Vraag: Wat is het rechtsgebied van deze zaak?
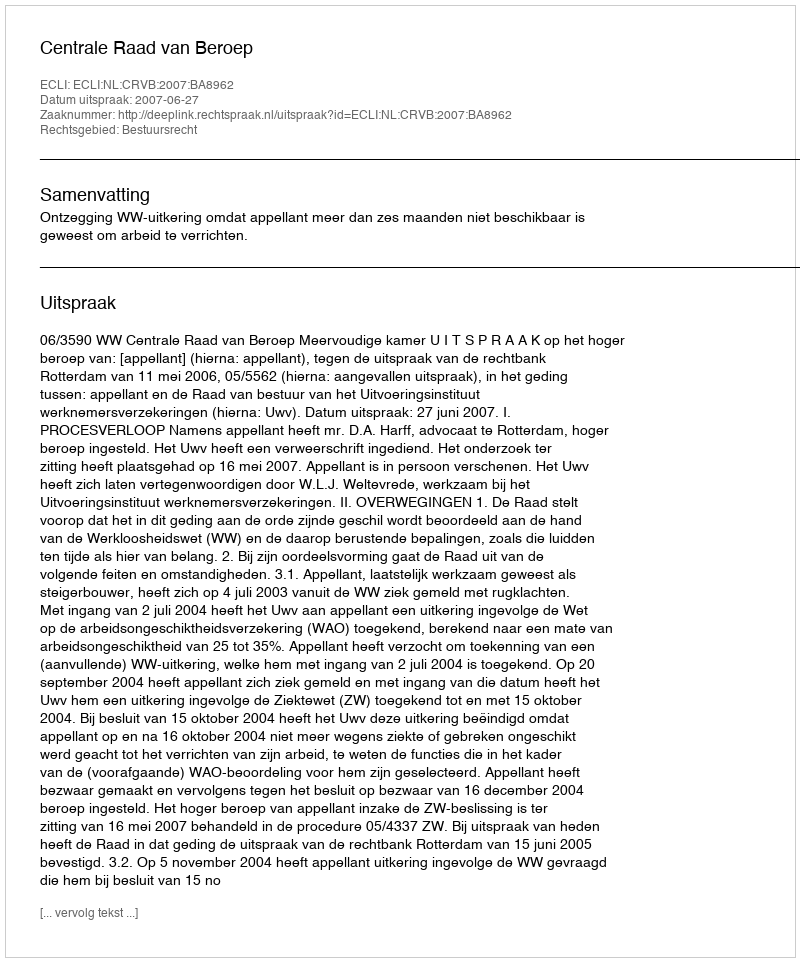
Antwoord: Bestuursrecht